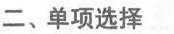
二、单项选择